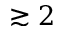
\gtrsim 2